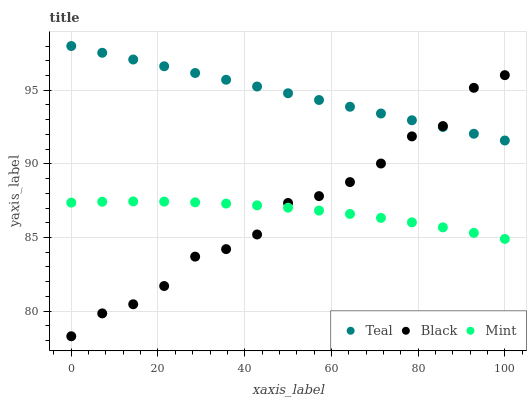
| xaxis_label | Teal | Black | Mint |
 | --- | --- | --- | --- |
 | 0 | 98 | 78.3 | 87.4 |
 | 7.14 | 97.5 | 79.8 | 87.4 |
 | 14.3 | 97.1 | 80.5 | 87.4 |
 | 21.4 | 96.6 | 81.7 | 87.4 |
 | 28.6 | 96.2 | 83.7 | 87.4 |
 | 35.7 | 95.7 | 84.2 | 87.3 |
 | 42.9 | 95.3 | 85.2 | 87.2 |
 | 50 | 94.8 | 87.3 | 87 |
 | 57.1 | 94.3 | 87.8 | 86.8 |
 | 64.3 | 93.9 | 88.8 | 86.6 |
 | 71.4 | 93.4 | 90 | 86.3 |
 | 78.6 | 93 | 91.9 | 86 |
 | 85.7 | 92.5 | 92.6 | 85.7 |
 | 92.9 | 92 | 95.2 | 85.3 |
 | 100 | 91.6 | 96 | 84.9 |